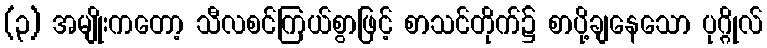
(၃) အမျိုးကတော့ သီလစင်ကြယ်စွာဖြင့် စာသင်တိုက်၌ စာပို့ချနေသော ပုဂ္ဂိုလ်